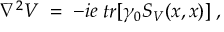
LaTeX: \nabla ^ { 2 } V \; = \; - i e \; t r [ \gamma _ { 0 } S _ { V } ( x , x ) ] \; ,